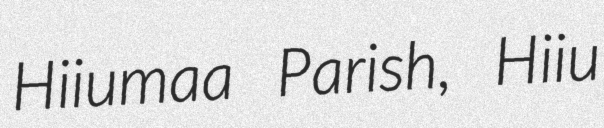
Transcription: Hiiumaa Parish, Hiiu